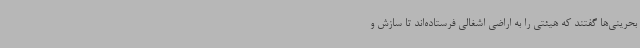
بحرینی‌ها گفتند که هیئتی را به اراضی اشغالی فرستاده‌اند تا سازش و